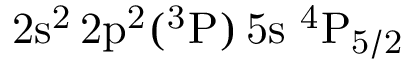
\mathrm { 2 s ^ { 2 } \, 2 p ^ { 2 } ( ^ { 3 } P ) \, 5 s ~ ^ { 4 } P _ { 5 / 2 } }